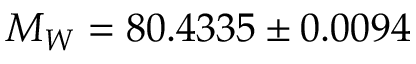
M _ { W } = 8 0 . 4 3 3 5 \pm 0 . 0 0 9 4